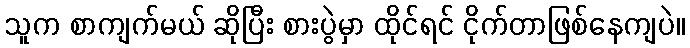
သူက စာကျက်မယ် ဆိုပြီး စားပွဲမှာ ထိုင်ရင် ငိုက်တာဖြစ်နေကျပဲ။